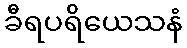
ခီရပရိယေသနံ